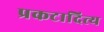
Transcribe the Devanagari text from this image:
प्रकटादित्य